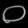
Digit: ၀